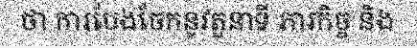
ថា ការបែងចែកនូវតួនាទី ភារកិច្ច និង